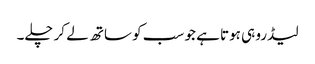
لیڈرو ہی ہوتا ہے جو سب کو ساتھ لے کر چلے۔